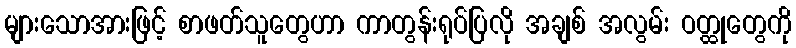
များသောအားဖြင့် စာဖတ်သူတွေဟာ ကာတွန်းရုပ်ပြလို အချစ် အလွမ်း ဝတ္ထုတွေကို